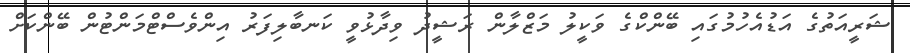
ޝަރީއަތުގެ އަޑުއެހުމުގައި ބޭންކްގެ ވަކީލު މަޒްލާން ރަޝީދު ވިދާޅުވީ ކަނބާލިފަރު އިންވެސްޓްމަންޓުން ބޭންކަށް